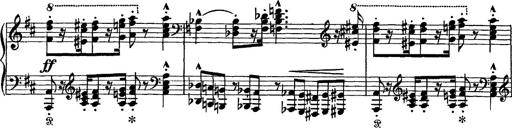
Title: Scherzo und Marsch
Composer: Franz Liszt